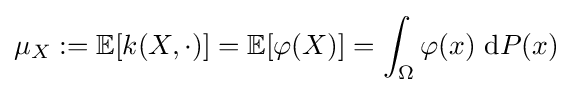
\mu _{X}:=\mathbb {E} [k(X,\cdot )]=\mathbb {E} [\varphi (X)]=\int _{\Omega }\varphi (x)\ \mathrm {d} P(x)